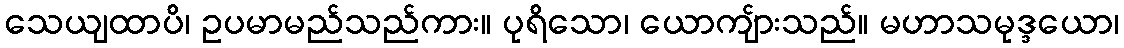
သေယျထာပိ၊ ဥပမာမည်သည်ကား။ ပုရိသော၊ ယောကျ်ားသည်။ မဟာသမုဒ္ဒယော၊